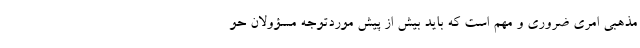
مذهبی امری ضروری و مهم است که باید بیش از پیش موردتوجه مسؤولان حو